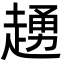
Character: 䞻